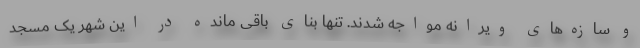
و سازه‌های ویرانه مواجه شدند. تنها بنای باقی مانده در این شهر یک مسجد